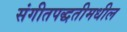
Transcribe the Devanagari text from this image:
संगीतपद्धतीमधील